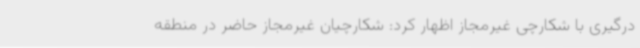
درگیری با شکارچی غیرمجاز اظهار کرد: شکارچیان غیرمجاز حاضر در منطقه